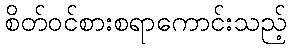
စိတ်ဝင်စားစရာကောင်းသည့်